Scottish Leaving Certificate Examination, 1952
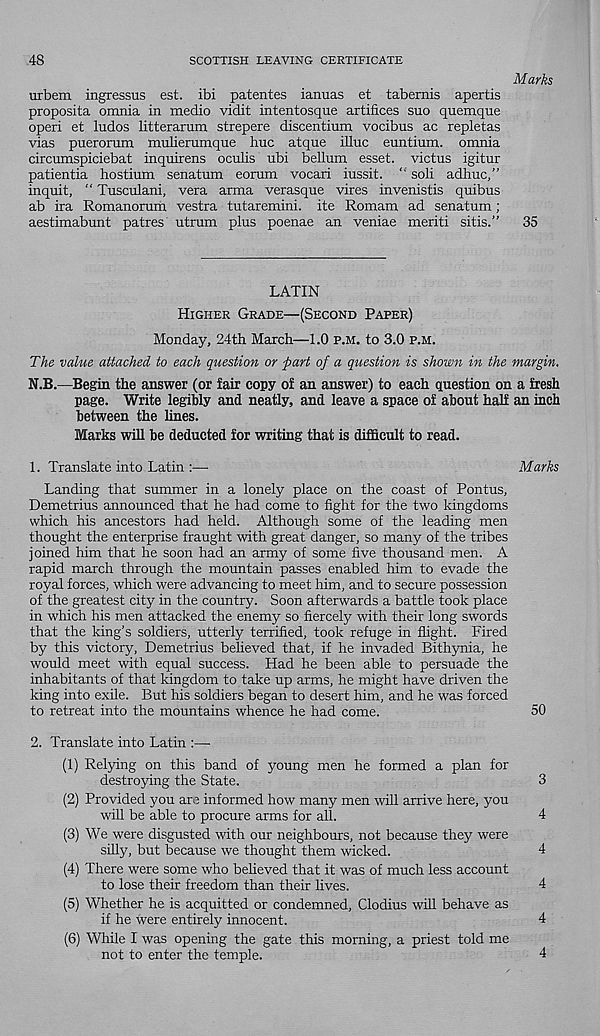
48
SCOTTISH LEAVING CERTIFICATE
Marks
urbem ingressus est. ibi patentes ianuas et tabemis apertis
proposita omnia in medio vidit intentosque artifices suo quemque
operi et ludos litterarum strepere discentium vocibus ac repletas
vias pueromm mulierumque hue atque illuc euntium. omnia
circumspiciebat inquirens oculis ubi bellum esset. victus igitur
patientia hostium senatum eorum vocari iussit. “ soli adhuc,”
inquit, “ Tusculani, vera arma verasque vires invenistis quibus
ab ira Romanorum vestra tutaremini. ite Romam ad senatum ;
aestimabunt patres utrum plus poenae an veniae merit! sitis." 35
LATIN
Higher Grade—(Second Paper)
Monday, 24th March—1.0 p.m. to 3.0 P.M.
The value attached to each question or part of a question is shown in the margin.
N.B.—Begin the answer (or fair copy of an answer) to each question on a fresh
page. Write legibly and neatly, and leave a space of about half an inch
between the lines.
Marks will be deducted for writing that is difficult to read.
1. Translate into Latin :—
Marks
Landing that summer in a lonely place on the coast of Pontus,
Demetrius announced that he had come to fight for the two kingdoms
which his ancestors had held. Although some of the leading men
thought the enterprise fraught with great danger, so many of the tribes
joined him that he soon had an army of some five thousand men. A
rapid march through the mountain passes enabled him to evade the
royal forces, which were advancing to meet him, and to secure possession
of the greatest city in the country. Soon afterwards a battle took place
in which his men attacked the enemy so fiercely with their long swords
that the king's soldiers, utterly terrified, took refuge in flight. Fired
by this victory, Demetrius believed that, if he invaded Bithynia, he
would meet with equal success. Had he been able to persuade the
inhabitants of that kingdom to take up arms, he might have driven the
king into exile. But his soldiers began to desert him, and he was forced
to retreat into the mountains whence he had come.
50
2. Translate into Latin :—■
(1) Relying on this band of young men he formed a plan for
destroying the State.
3
(2) Provided you are informed how many men will arrive here, you
will be able to procure arms for all.
4
(3) We were disgusted with our neighbours, not because they were
silly, but because we thought them wicked.
4
(4) There were some who beheved that it was of much less account
to lose their freedom than their lives.
4
(5) Whether he is acquitted or condemned, Clodius will behave as
if he were entirely innocent.
4
(6) While I was opening the gate this morning, a priest told me
not to enter the temple.
4